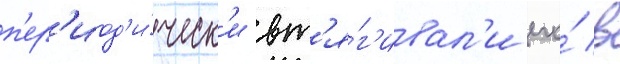
п'ер'иод'и́ческ'и вт'я́г'ивал'и его́ в